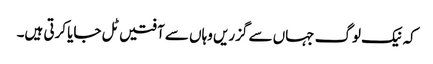
کہ نیک لوگ جہاں سے گزریں وہاں سے آفتیں ٹل جایا کرتی ہیں۔